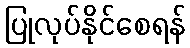
ပြုလုပ်နိုင်စေရန်